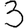
Digit: 3